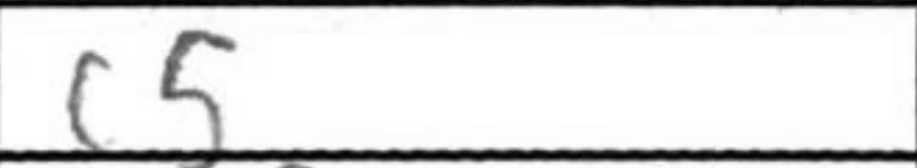
Transcription: Rc8